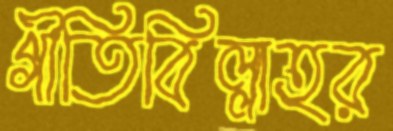
গীতিবিল্লাহর